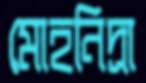
মোহনিদ্রা